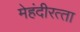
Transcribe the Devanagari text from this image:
मेहंदीरत्‍ता